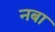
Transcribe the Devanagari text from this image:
नबा